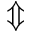
\Updownarrow